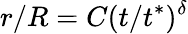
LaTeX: r/R=C(t/t^{*})^{\delta}